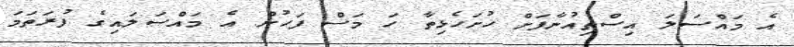
އެ މައްސަލަ އިސްތިއުނާފަށް ހުށަހެޅިތާ ހަ މަސް ފަހުން އެ މައްސަލައިގެ ފުރަތަމަ